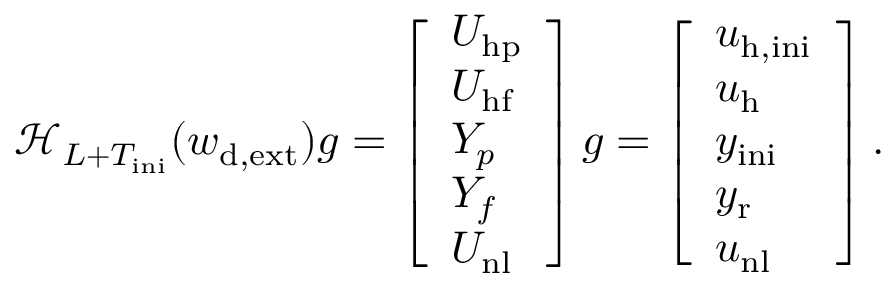
\mathcal { H } _ { L + T _ { \mathrm { i n i } } } ( w _ { \mathrm { d , e x t } } ) g = \left[ \begin{array} { l } { U _ { \mathrm { h p } } } \\ { U _ { \mathrm { h f } } } \\ { Y _ { p } } \\ { Y _ { f } } \\ { U _ { \mathrm { n l } } } \end{array} \right] g = \left[ \begin{array} { l } { u _ { \mathrm { h , i n i } } } \\ { u _ { \mathrm { h } } } \\ { y _ { \mathrm { i n i } } } \\ { y _ { \mathrm { r } } } \\ { u _ { \mathrm { n l } } } \end{array} \right] .